Indian Medical Review
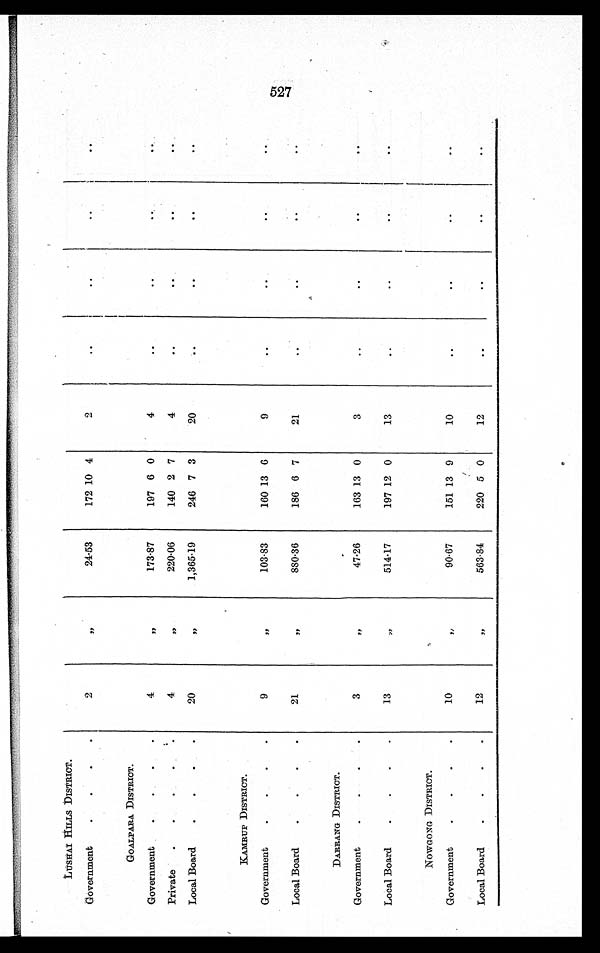
LUSHAI HILLS DISTRICT.
2
„
24.53
172 10 4
2
. .
. .
. .
. .
Government
.
.
.
.
GOALPARA DISTRICT.
4
„
173.87
197 6 0
4
..
..
..
Government
.
Private
.
.
.
4
„
220.06
140 2 7
4
..
. .
. .
Local Board
.
.
.
.
2
,,
1,365.19
246 7 3
20
..
..
..
KAMRUP DISTRICT.
9
„
103.83
160 13 6
9
..
..
..
Government
.
.
.
.
Local Board
.
.
.
.
21
„
880.36
186 6 7
21
..
. .
..
..
DARRANG DISTRICT.
3
„
47.26
163 13 0
3
..
..
..
. .
Government
.
.
.
.
Local Board
.
.
.
.
13
514.17
197 12 0
13
..
..
..
..
NOWGONG DISTRICT.
10
„
90.67
151 13 9
10
..
..
. .
..
Government
.
.
.
.
Local Board
.
. . .
12
„
563.84
220 5 0
12
..
..
. .
..